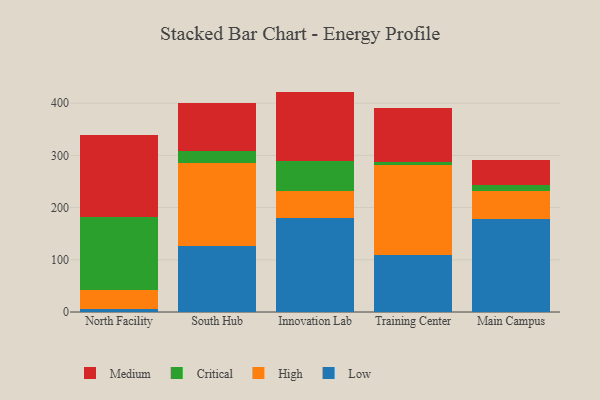
{"axis": {"x": "Campus", "y": "Temperature (°C)"}, "legend": ["Critical", "High", "Low", "Medium"], "data": [{"x": "North Facility", "y": 5.5, "type": "Low"}, {"x": "North Facility", "y": 35.7, "type": "High"}, {"x": "North Facility", "y": 140.4, "type": "Critical"}, {"x": "North Facility", "y": 156.8, "type": "Medium"}, {"x": "South Hub", "y": 126.7, "type": "Low"}, {"x": "South Hub", "y": 159.6, "type": "High"}, {"x": "South Hub", "y": 22.3, "type": "Critical"}, {"x": "South Hub", "y": 92.2, "type": "Medium"}, {"x": "Innovation Lab", "y": 179.4, "type": "Low"}, {"x": "Innovation Lab", "y": 51.8, "type": "High"}, {"x": "Innovation Lab", "y": 57.6, "type": "Critical"}, {"x": "Innovation Lab", "y": 133.3, "type": "Medium"}, {"x": "Training Center", "y": 109.8, "type": "Low"}, {"x": "Training Center", "y": 171.2, "type": "High"}, {"x": "Training Center", "y": 6.3, "type": "Critical"}, {"x": "Training Center", "y": 104.1, "type": "Medium"}, {"x": "Main Campus", "y": 177.7, "type": "Low"}, {"x": "Main Campus", "y": 53.1, "type": "High"}, {"x": "Main Campus", "y": 13.1, "type": "Critical"}, {"x": "Main Campus", "y": 47.3, "type": "Medium"}]}